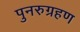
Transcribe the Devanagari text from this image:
पुनरुग्रहण